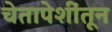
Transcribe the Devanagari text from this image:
चेतापेशींतून